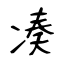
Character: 凑